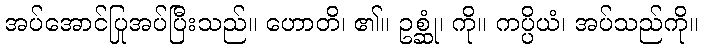
အပ်အောင်ပြုအပ်ပြီးသည်။ ဟောတိ၊ ၏။ ဥစ္ဆုံ၊ ကို။ ကပ္ပိယံ၊ အပ်သည်ကို။